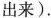
出来). 5. After breakfast, he went to work ___ ___